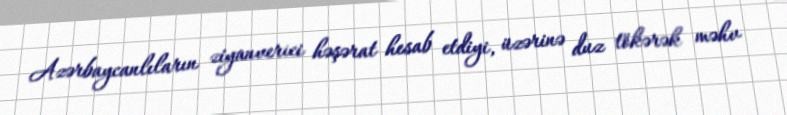
Azərbaycanlıların ziyanverici həşərat hesab etdiyi, üzərinə duz tökərək məhv